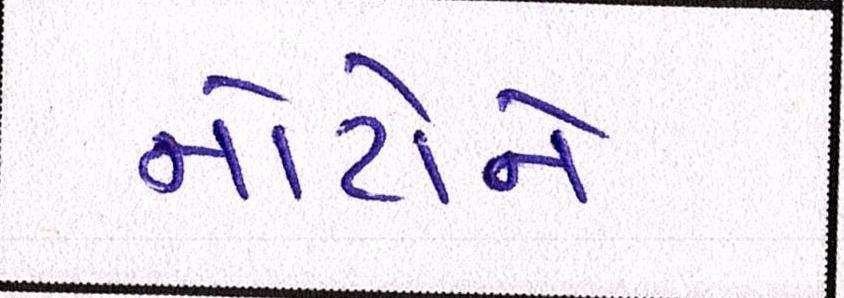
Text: નોટોને